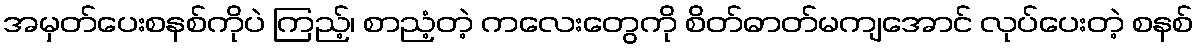
အမှတ်ပေးစနစ်ကိုပဲ ကြည့်၊ စာညံ့တဲ့ ကလေးတွေကို စိတ်ဓာတ်မကျအောင် လုပ်ပေးတဲ့ စနစ်